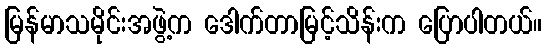
မြန်မာသမိုင်းအဖွဲ့က ဒေါက်တာမြင့်သိန်းက ပြောပါတယ်။